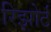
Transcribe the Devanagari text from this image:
रिझोर्ट